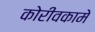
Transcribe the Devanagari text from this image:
कोरीवकामे